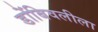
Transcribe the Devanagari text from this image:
डोंबिवलीला